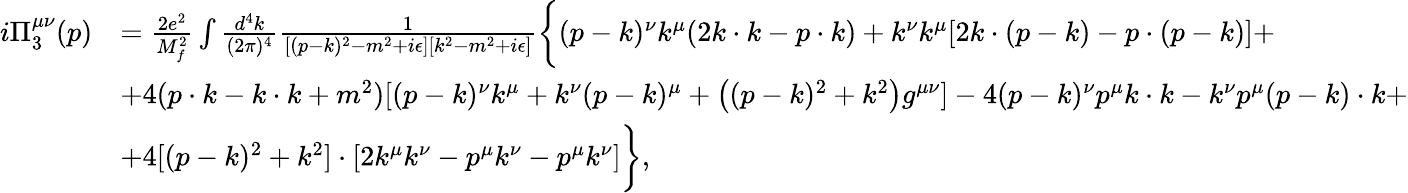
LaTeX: \begin{array}{rl}{i\Pi_{3}^{\mu\nu}(p)}&{=\frac{2e^{2}}{M_{f}^{2}}\int\frac{d^{4}k}{(2\pi)^{4}}\frac{1}{[(p-k)^{2}-m^{2}+i\epsilon][k^{2}-m^{2}+i\epsilon]}\biggl\{ (p-k)^{\nu}k^{\mu}(2k\cdot k-p\cdot k)+k^{\nu}k^{\mu}[2k\cdot(p-k)-p\cdot(p-k)]+}\\ &{+4(p\cdot k-k\cdot k+m^{2})[(p-k)^{\nu}k^{\mu}+k^{\nu}(p-k)^{\mu}+\bigl((p-k)^{2}+k^{2}\bigr)g^{\mu\nu}]-4(p-k)^{\nu}p^{\mu}k\cdot k-k^{\nu}p^{\mu}(p-k)\cdot k+}\\ &{+4[(p-k)^{2}+k^{2}]\cdot[2k^{\mu}k^{\nu}-p^{\mu}k^{\nu}-p^{\mu}k^{\nu}]\biggr\} ,}\end{array}